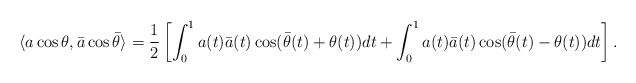
\begin{align*}\langle a\cos\theta, \bar{a}\cos \bar{\theta}\rangle=\frac1{2}\left[ \int_{0}^{1} a(t)\bar{a}(t)\cos (\bar{\theta}(t)+\theta(t)) dt+\int_{0}^{1} a(t)\bar{a}(t)\cos (\bar{\theta}(t)-\theta(t)) dt\right] .\end{align*}